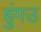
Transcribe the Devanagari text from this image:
हुंगउ